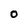
Character: O